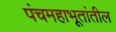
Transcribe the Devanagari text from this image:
पंचमहाभूतांतील